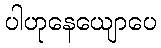
ပါဟုနေယျောပေ